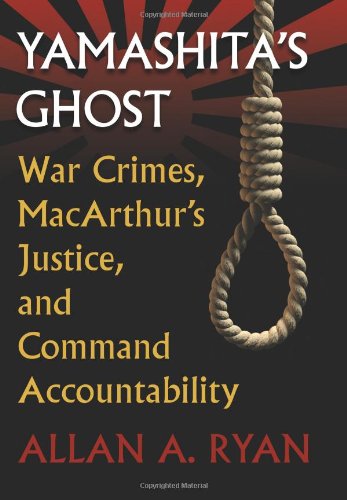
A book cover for Yamashita's Ghost: War Crimes, MacArthur's Justice, and Command Accountability (Modern War Studies); Allan A. Ryan; History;